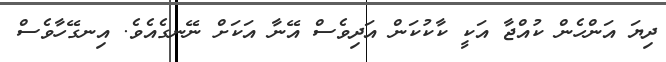
ދިޔަ އަންހެން ކުއްޖާ އަކީ ކާކުކަން އަދިވެސް އޭނާ އަކަށް ނޭނގެއެވެ. އިނގޭހާވެސް